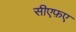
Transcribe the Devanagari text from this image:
सीएफ़ए